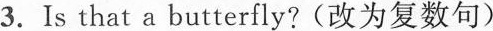
3.Is that a butterfly?(改为复数句)